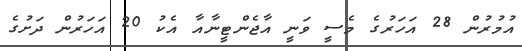
އުމުރުން 28 އަހަރުގެ މެސީ ވަނީ އާޖެންޓީނާއާ އެކު 20 އަހަރުން ދަށުގެ